Vaccination Hyderabad 1872-1889 - 1872-1889
Year: 1872
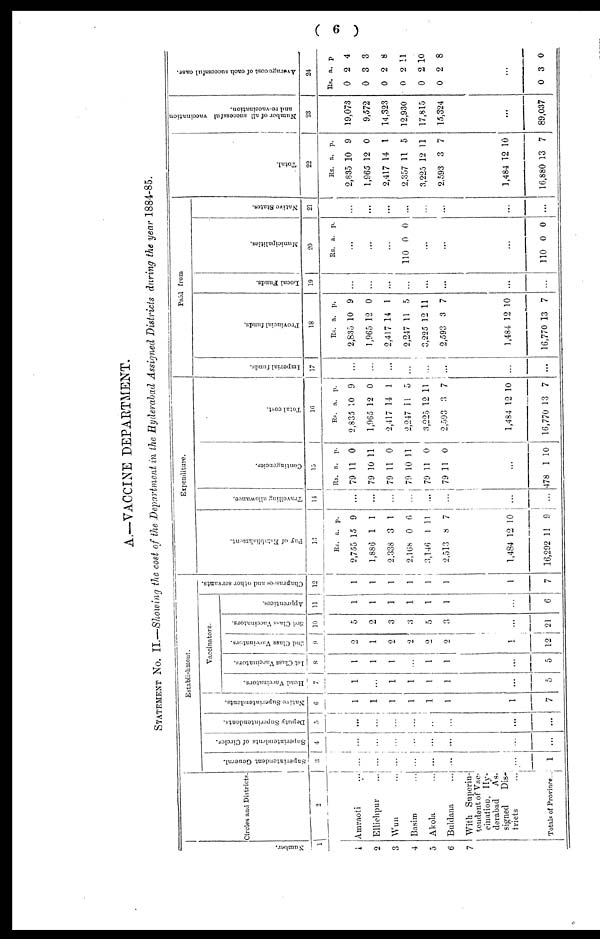
( 6 )
A.—VACCINE DEPARTMENT.
STATEMENT No. II.—Showing the cost of the Department in the Hyderabad Assigned Districts during the year 1884-85.
Number.
1
1
2
3
4
5
6
7
Circles and Districts.
2
Amraoti
...
Ellichpur
...
Wun ...
Basim ...
Akola ...
Buldana
...
With Superin¬
tendent of Vac¬
cination, Hy-
derabad
As¬
signed
Dis-
tricts
...
Totals of Province...
Establishment.
Superintendent General.
3
...
...
...
...
...
...
...
1
Superintendents of Circles.
4
...
...
...
...
...
...
...
...
Deputy Superintendents.
5
...
...
...
...
...
...
...
...
Native Superintendents.
6
1
1
1
1
1
1
1
7
Vaccinators.
Head Vaccinators.
7
1
...
1
1
1
1
...
5
1st Class Vaccinators.
8
1
1
1
...
1
1
...
5
2nd Class Vaccinators.
9
2
1
2
2
2
2
1
12
3rd Class Vaccinators.
10
5
2
3
3
5
3
...
21
Apprentices.
11
1
1
1
1
1
1
...
6
Chaprasees and other servants.
12
1
1
1
1
1
1
1
7
Expenditure.
Pay of Establishment.
13
Rs.
2,755
1,886
2,338
2,168
3,146
2,513
1,484
16,292
a.
15
1
3
0
1
8
12
11
p.
9
1
1
6
11
7
1 0
9
Travelling allowance.
14
...
...
...
...
...
...
...
...
Contingencies.
15
Rs.
79
79
79
79
79
79
a.
11
10
11
10
11
11
p.
0
11
0
11
0
0
...
478 1 10
Total cost.
16
Rs.
2,835
1,965
2,417
2,247
3,225
2,593
1,484
16,770
a.
10
12
14
11
12
3
12
13
p.
9
0
1
5
11
7
10
7
Paid from
Imperial funds.
17
...
...
...
...
...
...
...
...
Provincial funds.
18
Rs.
2,835
1,965
2,417
2,247
3,225
2,593
1,484
16,770
a.
10
12
14
11
12
3
12
13
p.
9
0
1
5
11
7
10
7
Local Funds.
19
...
...
...
...
...
...
...
...
Municipalities.
20
Rs. a. p.
...
...
...
110 0 0
...
...
...
110 0 0
Native States.
21
...
...
...
...
...
...
...
...
Total.
22
Rs.
2,835
1,965
2,417
2,357
3,225
2,593
1,484
16,880
a.
10
12
14
11
12
3
12
13
p.
9
0
1
5
11
7
10
7
Number of all successful vaccination
and re-vaccination.
23
19,073
9,572
14,323
12,930
17,815
15,324
...
89,037
Average cost of each successful case.
24
Rs.
0
0
0
0
0
0
a.
2
3
2
2
2
2
p.
4
3
8
11
10
8
0 3 0